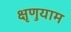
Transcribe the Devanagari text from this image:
क्षृणुयाम